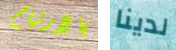
بالارتياح لدينا